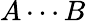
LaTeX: A\cdots B